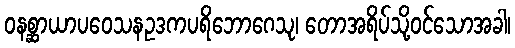
ဝနစ္ဆာယာပဝေသနဥဒကပရိဘောဂေသု၊ တောအရိပ်သို့ဝင်သောအခါ၊